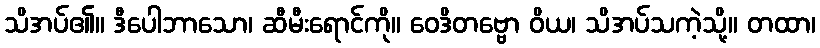
သိအပ်၏။ ဒီပေါဘာသော၊ ဆီမီးရောင်ကို။ ဝေဒိတဗ္ဗော ဝိယ၊ သိအပ်သကဲ့သို့။ တထာ၊